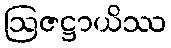
ဩဇဋ္ဌာယိဿ